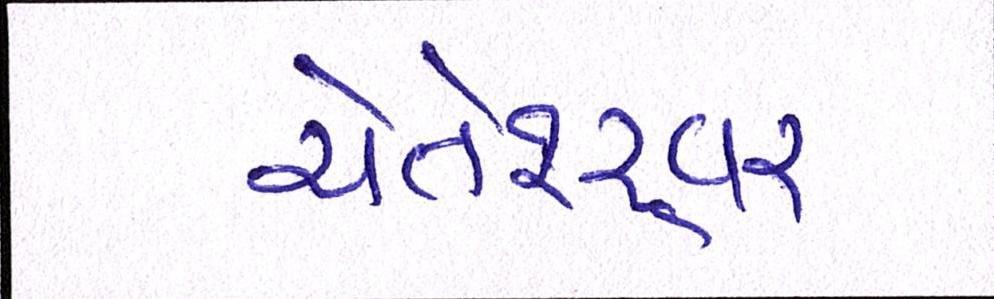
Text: ચેતેશ્ર્વર